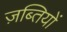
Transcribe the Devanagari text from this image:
ज़ब्तियों